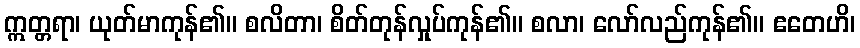
ဣတ္တရာ၊ ယုတ်မာကုန်၏။ စလိတာ၊ စိတ်တုန်လှုပ်ကုန်၏။ စလာ၊ လော်လည်ကုန်၏။ ဧတေဟိ၊